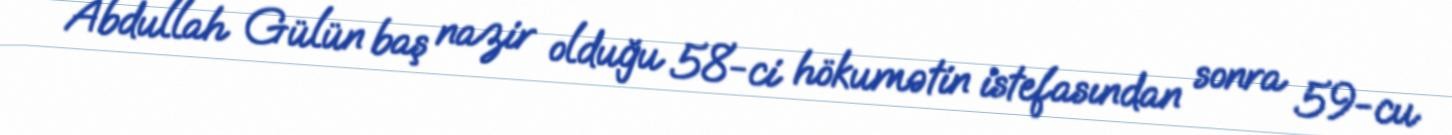
Abdullah Gülün baş nazir olduğu 58-ci hökumətin istefasından sonra 59-cu